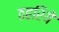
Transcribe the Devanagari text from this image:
ठहरिये